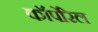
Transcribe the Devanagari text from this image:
कॉर्पोरेल